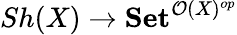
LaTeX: Sh(X)\to\mathbf{Set}^{{\mathcal{O}}(X)^{op}}